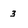
Character: 3